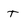
Character: T